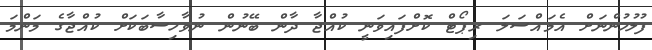
ފުލުހުންނަށް އެމައްސަލަ ރިޕޯޓް ކޮށްފައިވަނީ ކުއްޖާ ދާން ބޭނުން ނުވާހިސާބަކަށް ކުއްޖާގެ މަންމަ